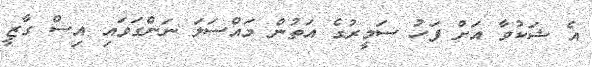
އެ ޝަކުވާ އަށް ފަހު ސަމީރުގެ އަތުން މައްސަލަ ނަންގަވައި އިސް ގާޒީ